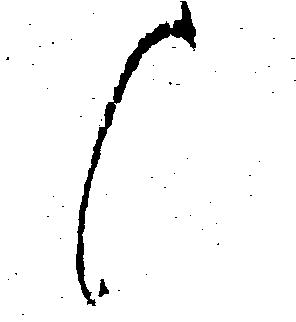
候